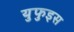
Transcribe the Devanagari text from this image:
युफुइस